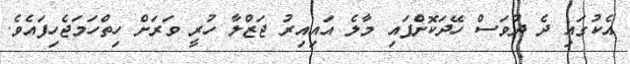
އެކުގައި ދެ ދުވަސް ހޭދަކޮށްފައި މާލެ އައިއިރު ޖަޒްލާ ހުރީ ވަރަށް ހިތްހަމަޖެހިފައެވެ.